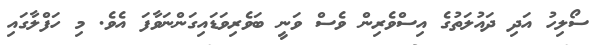
ސޯލިހު އަދި ދައުލަތުގެ އިސްވެރިން ވެސް ވަނީ ބަވެރިވަޑައިގަންނަވާފަ އެވެ. މި ހަފްލާގައި